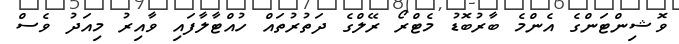
ވޮޝިންޓަންގެ އެންމެ ބާރުބޮޑު މެޓްރޯ ރޭލްގެ ދަތުރުތައް ހުއްޓާލާފައި ވާއިރު މިއަދު ވެސް